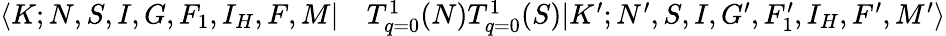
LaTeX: \begin{array}{rl}{\langle K;N,S,I,G,F_{1},I_{H},F,M|}&{{}T_{q=0}^{1}(N)T_{q=0}^{1}(S)|K^{\prime};N^{\prime},S,I,G^{\prime},F_{1}^{\prime},I_{H},F^{\prime},M^{\prime}\rangle}\end{array}